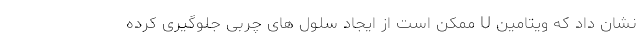
نشان داد که ویتامین U ممکن است از ایجاد سلول های چربی جلوگیری کرده